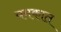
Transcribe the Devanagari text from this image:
यमकात